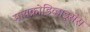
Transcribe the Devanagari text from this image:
मायक्रोडिव्हाइसेस